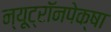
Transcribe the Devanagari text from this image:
न्यूट्रॉनपेक्षा